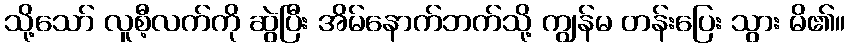
သို့သော် လူစီ့လက်ကို ဆွဲပြီး အိမ်နောက်ဘက်သို့ ကျွန်မ တန်းပြေး သွား မိ၏။